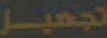
تجهيز